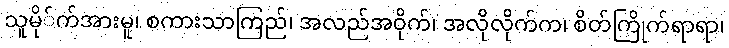
သူမို်က်အားမူ၊ စကားသာကြည်၊ အလည်အဝိုက်၊ အလိုလိုက်က၊ စိတ်ကြိုက်ရာရာ၊